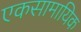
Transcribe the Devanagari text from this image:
एकसामायिक